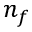
n _ { f }